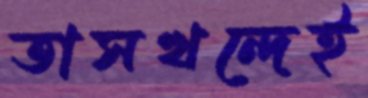
তাসখন্দেই